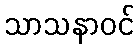
သာသနာဝင်